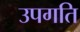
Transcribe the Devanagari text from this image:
उपगति